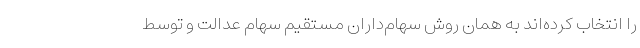
را انتخاب کرده‌اند به همان روش سهام‌داران مستقیم سهام عدالت و توسط